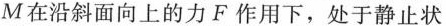
M在沿斜面向上的力F作用下，处于静止状